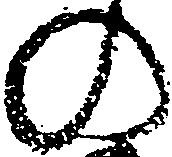
の